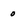
Character: 0